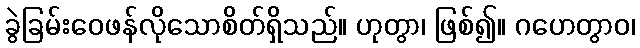
ခွဲခြမ်းဝေဖန်လိုသောစိတ်ရှိသည်။ ဟုတွာ၊ ဖြစ်၍။ ဂဟေတွာဝ၊